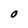
Character: O